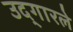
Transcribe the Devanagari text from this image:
उद्‌गारले